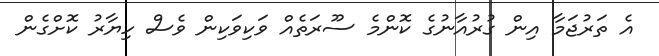
އެ ތަރުޖަމާ އިން ގުރުއާނުގެ ކޮންމެ ސޫރަތެއް ވަކިވަކިން ވެސް ހިޔާރު ކޮށްގެން